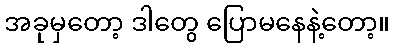
အခုမှတော့ ဒါတွေ ပြောမနေနဲ့တော့။